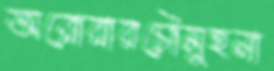
অরোরারচৌমুহনা